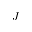
J